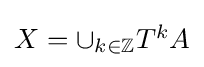
{\textstyle X=\cup _{k\in \mathbb {Z} }T^{k}A}